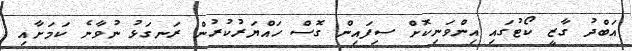
އަބްދު ގާޒީ ކޯޓުގައި އިންވަނިކޮށް ސިފައިން ގޮސް ހައްޔަރުކުރުން ރަނގަޅު ނުވާނެ ކަމަށާއި